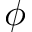
\phi